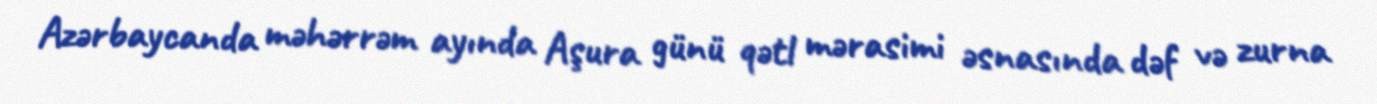
Azərbaycanda məhərrəm ayında Aşura günü qətl mərasimi əsnasında dəf və zurna